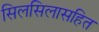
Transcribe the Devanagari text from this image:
सिलसिलासहित